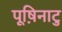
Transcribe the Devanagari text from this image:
पूष़िनाटु